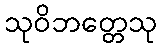
သုဝိဘတ္တေသု